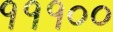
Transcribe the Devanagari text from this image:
१११००